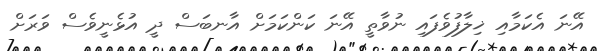
އޭނަ އެކަމާއި ޚިލާފުވެފައި ނުވާތީ އޭނަ ކަންކަމަށް އާނބަސް ދީ އުޅެނީވެސް ވަރަށް